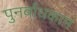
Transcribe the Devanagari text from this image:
पुनर्बांधकाम